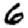
Digit: 6